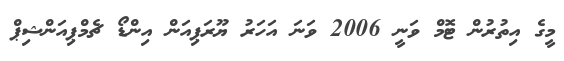
މީގެ އިތުރުން ޓޮމް ވަނީ 2006 ވަނަ އަހަރު ޔޫރަޕިއަން އިންޑޯ ޗެމްޕިއަންޝިޕް